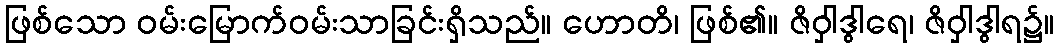
ဖြစ်သော ဝမ်းမြောက်ဝမ်းသာခြင်းရှိသည်။ ဟောတိ၊ ဖြစ်၏။ ဇိဝှါဒွါရေ၊ ဇိဝှါဒွါရ၌။